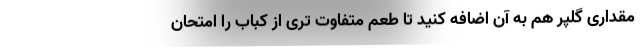
مقداری گلپر هم به آن اضافه کنید تا طعم متفاوت تری از کباب را امتحان